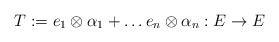
LaTeX: \begin{align*}T := e_1 \otimes \alpha_1 + \dots e_n \otimes \alpha_n: E \to E\end{align*}